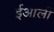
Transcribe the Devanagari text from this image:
ईआली